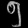
Digit: ၅